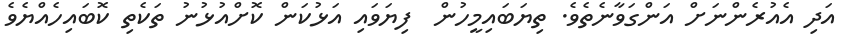
އަދި އެއުރެންނަށް އަންގަވާނެތެވެ. ތިޔަބައިމީހުން  ފިޔަވައި އަޅުކަން ކޮށްއުޅުނު ތަކެތި ކޮބައިހެއްޔެވެ